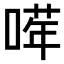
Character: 𠺈